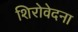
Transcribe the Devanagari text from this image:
शिरोवेदना